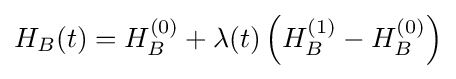
H_{B}(t)=H_{B}^{(0)}+\lambda (t)\left(H_{B}^{(1)}-H_{B}^{(0)}\right)